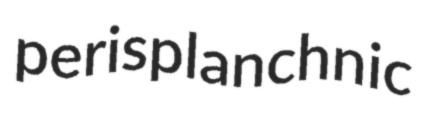
perisplanchnic